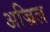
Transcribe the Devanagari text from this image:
अज्रिल